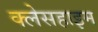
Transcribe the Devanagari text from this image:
क्लेसहाइम